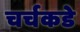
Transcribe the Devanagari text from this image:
चर्चकडे